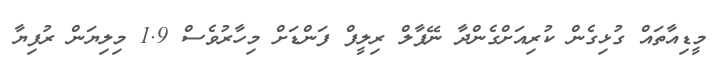
މީޑިއާތައް ގުޅިގެން ކުރިއަށްގެންދާ ނޭޕާލް ރިލީފް ފަންޑަށް މިހާރުވެސް 1.9 މިލިޔަން ރުފިޔާ